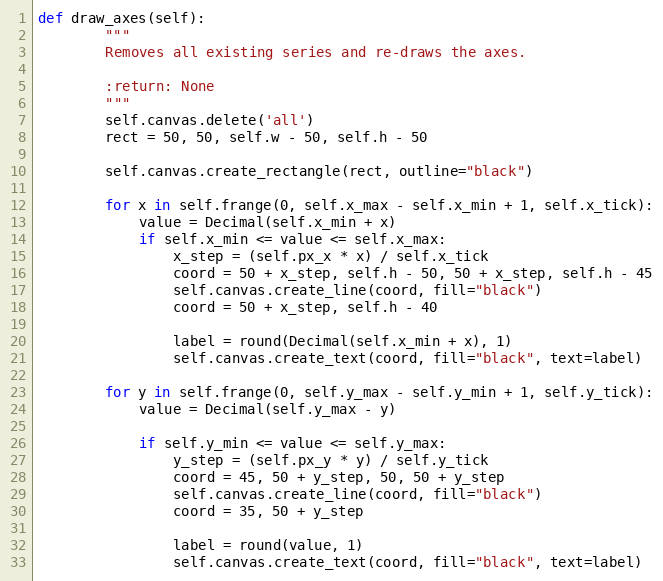
Language: Python
def draw_axes(self):
        """
        Removes all existing series and re-draws the axes.

        :return: None
        """
        self.canvas.delete('all')
        rect = 50, 50, self.w - 50, self.h - 50

        self.canvas.create_rectangle(rect, outline="black")

        for x in self.frange(0, self.x_max - self.x_min + 1, self.x_tick):
            value = Decimal(self.x_min + x)
            if self.x_min <= value <= self.x_max:
                x_step = (self.px_x * x) / self.x_tick
                coord = 50 + x_step, self.h - 50, 50 + x_step, self.h - 45
                self.canvas.create_line(coord, fill="black")
                coord = 50 + x_step, self.h - 40

                label = round(Decimal(self.x_min + x), 1)
                self.canvas.create_text(coord, fill="black", text=label)

        for y in self.frange(0, self.y_max - self.y_min + 1, self.y_tick):
            value = Decimal(self.y_max - y)

            if self.y_min <= value <= self.y_max:
                y_step = (self.px_y * y) / self.y_tick
                coord = 45, 50 + y_step, 50, 50 + y_step
                self.canvas.create_line(coord, fill="black")
                coord = 35, 50 + y_step

                label = round(value, 1)
                self.canvas.create_text(coord, fill="black", text=label)